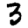
Digit: 3